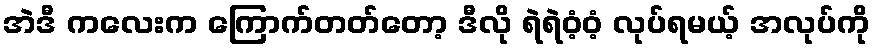
အဲဒီ ကလေးက ကြောက်တတ်တော့ ဒီလို ရဲရဲဝံ့ဝံ့ လုပ်ရမယ့် အလုပ်ကို